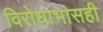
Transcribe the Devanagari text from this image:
विरोधाभासही